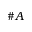
\# A